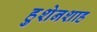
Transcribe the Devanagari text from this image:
हुशेनशाह